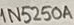
Text: 1N5250A